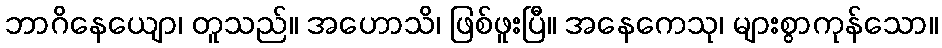
ဘာဂိနေယျော၊ တူသည်။ အဟောသိ၊ ဖြစ်ဖူးပြီ။ အနေကေသု၊ များစွာကုန်သော။